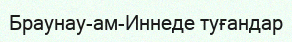
Браунау-ам-Иннеде туғандар